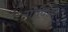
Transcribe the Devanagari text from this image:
गोविन्दै